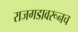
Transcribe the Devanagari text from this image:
राजगडावरूनच